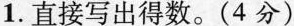
1. 直接写出得数。(4分)